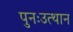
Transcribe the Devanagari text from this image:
पुनःउत्थान